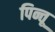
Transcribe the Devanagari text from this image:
पिन्तू